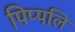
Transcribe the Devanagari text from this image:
पिप्पलि